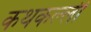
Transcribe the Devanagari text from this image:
कथकल्ली